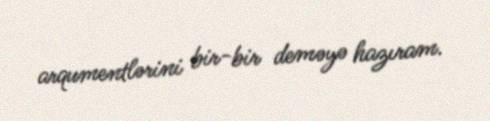
arqumentlərini bir-bir deməyə hazıram.